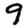
Digit: 9